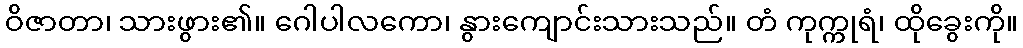
ဝိဇာတာ၊ သားဖွား၏။ ဂေါပါလကော၊ နွားကျောင်းသားသည်။ တံ ကုက္ကုရံ၊ ထိုခွေးကို။